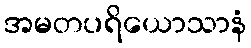
အမတပရိယောသာနံ